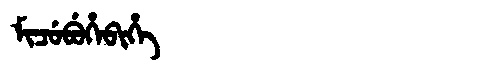
Manchu: ᠮᡳᠴᡠᠪᡠᡥᡝᠪᡳᡥᡝ
Romanization: MICUBUHEBIHE